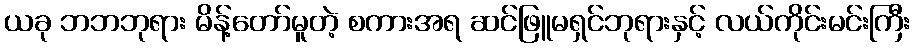
ယခု ဘဘဘုရား မိန့်တော်မူတဲ့ စကားအရ ဆင်ဖြူမရှင်ဘုရားနှင့် လယ်ကိုင်းမင်းကြီး